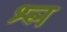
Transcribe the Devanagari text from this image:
श्‍ल